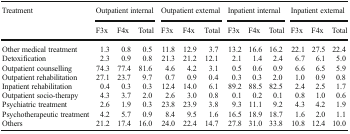
| <ROWSPAN=2> Treatment | <COLSPAN=3> Outpatient internal | <COLSPAN=3> Outpatient external | <COLSPAN=3> Inpatient internal | <COLSPAN=3> Inpatient external |
 | F3x | F4x | Total | F3x | F4x | Total | F3x | F4x | Total | F3x | F4x | Total |
 | --- | --- | --- | --- | --- | --- | --- | --- | --- | --- | --- | --- | --- |
 | Other medical treatment | 1.3 | 0.8 | 0.5 | 11.8 | 12.9 | 3.7 | 13.2 | 16.6 | 16.2 | 22.1 | 27.5 | 22.4 |
 | Detoxification | 2.3 | 0.9 | 0.8 | 21.3 | 21.2 | 12.1 | 2.1 | 1.4 | 2.4 | 6.7 | 6.1 | 5.0 |
 | Outpatient counselling | 74.3 | 77.4 | 81.6 | 4.6 | 4.2 | 3.1 | 0.5 | 0.6 | 0.9 | 6.6 | 6.5 | 5.9 |
 | Outpatient rehabilitation | 27.1 | 23.7 | 9.7 | 0.7 | 0.9 | 0.4 | 0.3 | 0.3 | 2.0 | 1.0 | 0.9 | 0.8 |
 | Inpatient rehabilitation | 0.4 | 0.3 | 0.3 | 12.4 | 14.0 | 6.1 | 89.2 | 88.5 | 82.5 | 2.4 | 2.5 | 1.7 |
 | Outpatient socio-therapy | 4.3 | 3.7 | 2.0 | 2.6 | 3.0 | 0.8 | 0.1 | 0.2 | 0.1 | 0.8 | 1.0 | 0.6 |
 | Psychiatric treatment | 2.6 | 1.9 | 0.3 | 23.8 | 23.9 | 3.8 | 9.3 | 11.1 | 9.2 | 4.3 | 4.2 | 1.9 |
 | Psychotherapeutic treatment | 4.2 | 5.7 | 0.9 | 8.4 | 9.5 | 1.6 | 16.5 | 18.9 | 18.7 | 1.6 | 2.0 | 1.1 |
 | Others | 21.2 | 17.4 | 16.0 | 24.0 | 22.4 | 14.7 | 27.8 | 31.0 | 33.8 | 10.8 | 12.4 | 10.0 |